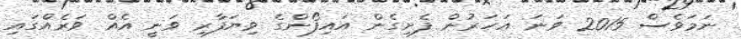
ނަމަވެސް 2015 ވަނަ އަހަރުން ފެށިގެން އައިފޯންގެ ވިޔަފާރި ވަނީ އެއް ވަރެއްގައި